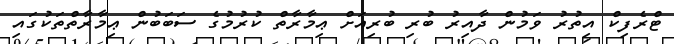
ޓްރެފިކް އިތުރު ވަމުން ދާއިރު ބުރި ބުރިއަށް ޢިމާރާތް ކުރުމުގެ ސަބަބުން ޢިމާރާތްތަކުގައި